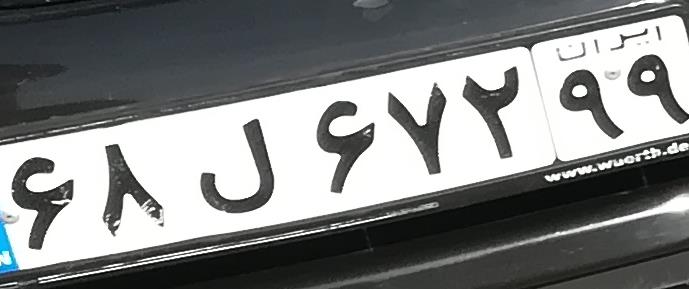
۶۸ل۶۷۲۹۹